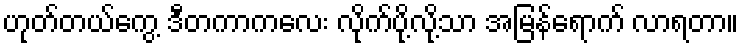
ဟုတ်တယ်ကွေ့ ဒီတကာကလေး လိုက်ပို့လို့သာ အမြန်ရောက် လာရတာ။